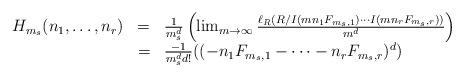
LaTeX: \begin{align*} \begin{array}{lll} H_{m_s}(n_1,\ldots,n_r)&=&\frac{1}{m_s^d}\left(\lim_{m\rightarrow\infty}\frac{\ell_R(R/I(mn_1F_{m_s,1})\cdots I(mn_rF_{m_s,r}))}{m^d}\right)\\ &=&\frac{-1}{m_s^dd!}((-n_1F_{m_s,1}-\cdots-n_rF_{m_s,r})^d) \end{array} \end{align*}